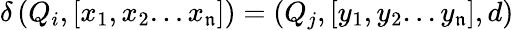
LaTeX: \delta\left(Q_{i},[x_{1},x_{2}...x_{\mathfrak{n}}]\right)=(Q_{j},[y_{1},y_{2}...y_{\mathfrak{n}}],d)